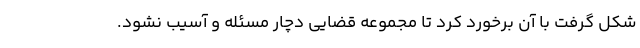
شکل گرفت با آن برخورد کرد تا مجموعه قضایی دچار مسئله و آسیب نشود.